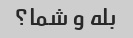
بله و شما؟